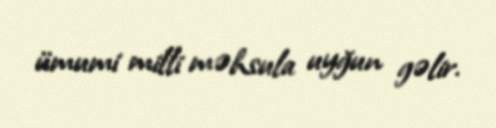
ümumi milli məhsula uyğun gəlir.